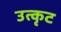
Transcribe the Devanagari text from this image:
उत्कृट